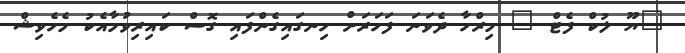
"ޔޫ ލުކް ފެޓް..." މިރްހާ ދެވަނަ ފަހަރަށް ހިނގައިގެންފައި ގޮސް ކައިރިވުމާއެކު މެހެވިޝް